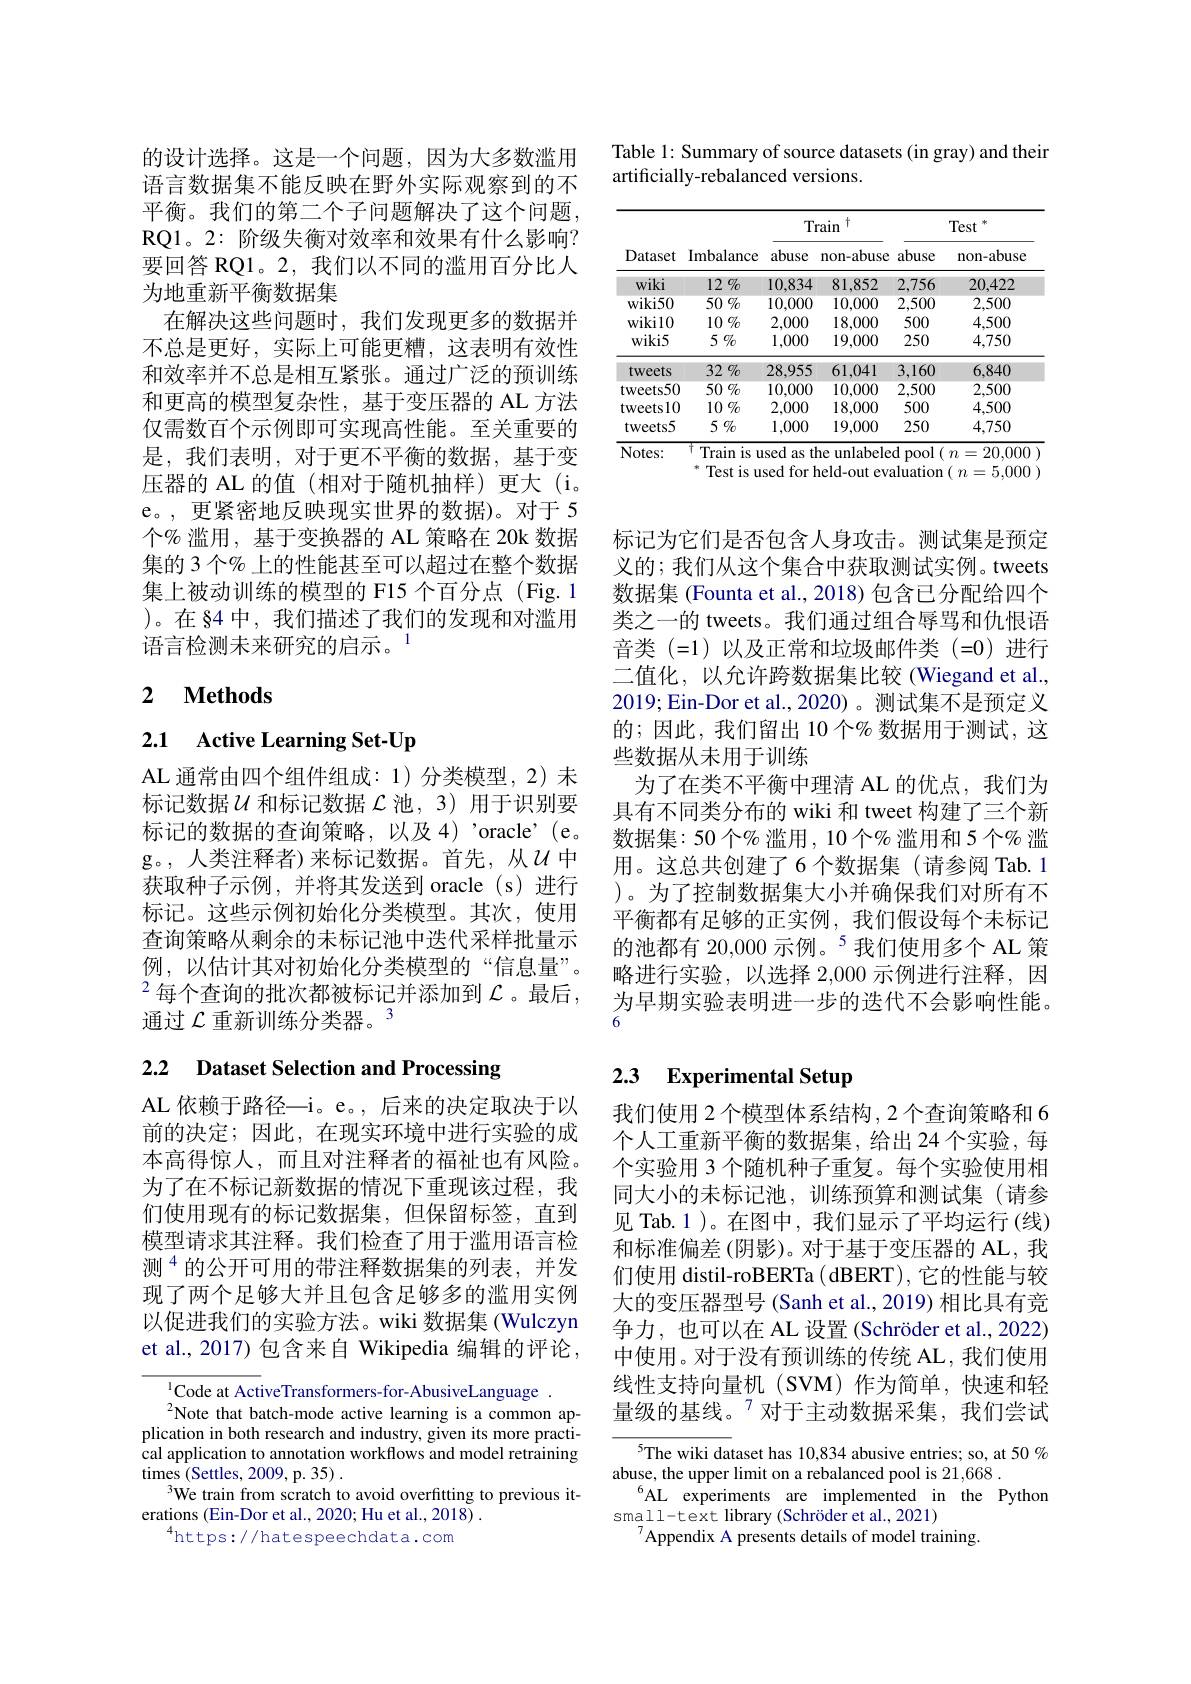
的设计选择。这是一个问题，因为大多数滥用语言数据集不能反映在野外实际观察到的不平衡。我们的第二个子问题解决了这个问题， RQ1。2: 阶级失衡对效率和效果有什么影响？ 要回答 RQ1。2, 我们以不同的滥用百分比人为地重新平衡数据集
在解决这些问题时，我们发现更多的数据并不总是更好，实际上可能更糟，这表明有效性和效率并不总是相互紧张。通过广泛的预训练和更高的模型复杂性，基于变压器的 AL 方法仅需数百个示例即可实现高性能。至关重要的是，我们表明，对于更不平衡的数据，基于变压器的 AL 的值(相对于随机抽样)更大(i。e。, 更紧密地反映现实世界的数据)。对于 5个% 滥用，基于变换器的 AL 策略在 20k 数据集的 3 个% 上的性能甚至可以超过在整个数据集上被动训练的模型的 F15 个百分点 (Fig.1 )。在§4 中，我们描述了我们的发现和对滥用语言检测未来研究的启示。$^{1}$

# 2 $\textbf{Methods}$

2.1 Active Learning Set-Up

AL 通常由四个组件组成：1)分类模型，2)未标记数据$\mathcal{U}$和标记数据$\mathcal{L}$池，3)用于识别要标记的数据的查询策略，以及4)'oracle'(e。g。,人类注释者)来标记数据。首先，从$u$中获取种子示例，并将其发送到 oracle (s)进行标记。这些示例初始化分类模型。其次，使用查询策略从剩余的未标记池中迭代采样批量示例，以估计其对初始化分类模型的“信息量”。$^2$每个查询的批次都被标记并添加到 $\mathcal{L}$。最后通过$\mathcal{L}$重新训练分类器。3

# 2.2 Dataset Selection and Processing

AL 依赖于路径—i。e。, 后来的决定取决于以前的决定；因此，在现实环境中进行实验的成本高得惊人，而且对注释者的福祉也有风险。为了在不标记新数据的情况下重现该过程，我们使用现有的标记数据集，但保留标签，直到模型请求其注释。我们检查了用于滥用语言检测$^{4}$的公开可用的带注释数据集的列表，并发现了两个足够大并且包含足够多的滥用实例以促进我们的实验方法。wiki 数据集 (Wulczyn et al., 2017) 包含来自 Wikipedia 编辑的评论，

$^{1}$Code at ActiveTransformers-for-AbusiveLanguage.
$^{2}$Note that batch-mode active learning is a common application in both research and industry, given its more practical application to annotation workflows and model retraining $\mathop{\mathrm{times~(Settles,2009,p.35)~.}}$
$^{3}$We train from scratch to avoid overfitting to previous it-
erations (Ein-Dor et al., 2020; Hu et al., 2018) .
$^{4}$https://hatespeechdata.com

Table 1: Summary of source datasets (in gray) and their
artificially-rebalanced versions.

<table>
	<tbody>
		<tr>
			<th rowspan="2">Dataset</th>
			<th rowspan="2">Imbalance</th>
			<th colspan="2">Train $f$</th>
			<th colspan="2">Test</th>
		</tr>
		<tr>
			<th>abuse</th>
			<th>non-abuse</th>
			<th>abuse</th>
			<th>non-abuse</th>
		</tr>
		<tr>
			<td>wiki</td>
			<td>$12\%$</td>
			<td>10.834</td>
			<td>81.852</td>
			<td>2,756</td>
			<td>20.422</td>
		</tr>
		<tr>
			<td>$wiki50$</td>
			<td>$50\%$</td>
			<td>10,000</td>
			<td>10,000</td>
			<td>2,500</td>
			<td>2.500</td>
		</tr>
		<tr>
			<td>$wikil0$</td>
			<td>$10\%$</td>
			<td>2,000</td>
			<td>18,000</td>
			<td>500</td>
			<td>4,500</td>
		</tr>
		<tr>
			<td>$wiki5$</td>
			<td>$5\%$</td>
			<td>1,000</td>
			<td>19,000</td>
			<td>250</td>
			<td>4,750</td>
		</tr>
		<tr>
			<td>tweets</td>
			<td>$32\%$</td>
			<td>28,955</td>
			<td>61,041</td>
			<td>3,160</td>
			<td>6,840</td>
		</tr>
		<tr>
			<td>tweets50</td>
			<td>$50\%$</td>
			<td>10,000</td>
			<td>10,000</td>
			<td>2,500</td>
			<td>2.500</td>
		</tr>
		<tr>
			<td>tweets10</td>
			<td>$10\%$</td>
			<td>2,000</td>
			<td>18,000</td>
			<td>500</td>
			<td>4,500</td>
		</tr>
		<tr>
			<td>tweets5</td>
			<td>$5\%$</td>
			<td>1,000</td>
			<td>19,000</td>
			<td>250</td>
			<td>4.750</td>
		</tr>
	</tbody>
</table>

$^*$ Test is used for held-out evaluation( $n=5,000)$

标记为它们是否包含人身攻击。测试集是预定义的；我们从这个集合中获取测试实例。tweets 数据集 (Founta et al., 2018) 包含已分配给四个类之一的 tweets。我们通过组合辱骂和仇恨语音类(=1)以及正常和垃圾邮件类(=0)进行二值化，以允许跨数据集比较(Wiegand et al. 2019; Ein-Dor et al., 2020)。测试集不是预定义的；因此，我们留出 10个%数据用于测试，这些数据从未用于训练
为了在类不平衡中理清 AL 的优点，我们为具有不同类分布的 wiki 和 tweet 构建了三个新数据集：50个%滥用，10个%滥用和5个%滥用。这总共创建了6 个数据集 (请参阅 Tab.1 )。为了控制数据集大小并确保我们对所有不平衡都有足够的正实例，我们假设每个未标记的池都有 20,000 示例。$^{5}$我们使用多个 AL 策略进行实验，以选择 2,000 示例进行注释，因为早期实验表明进一步的迭代不会影响性能。6

## 2.3 Experimental Setup

我们使用 2 个模型体系结构 , 2 个查询策略和 6个人工重新平衡的数据集，给出24个实验，每个实验用 3 个随机种子重复。每个实验使用相同大小的未标记池，训练预算和测试集(请参见 Tab.1 )。在图中，我们显示了平均运行(线) 和标准偏差 (阴影)。对于基于变压器的 AL, 我们使用 distil-roBERTa ( dBERT), 它的性能与较大的变压器型号 (Sanh et al., 2019) 相比具有竞争力，也可以在 AL 设置 (Schröder et al.,2022) 中使用。对于没有预训练的传统 AL, 我们使用线性支持向量机(SVM)作为简单，快速和轻量级的基线。$^{7}$对于主动数据采集，我们尝试

$^{5}$The wiki dataset has 10,834 abusive entries; so, at 50%
abuse, the upper limit on a rebalanced pool is 21,668 .
$^{6}$AL experiments are implemented in the Python
small-text library (Schröder et al., 2021)
$^{7}$Appendix A presents details of model training.